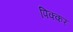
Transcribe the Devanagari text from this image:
पिक्कर